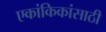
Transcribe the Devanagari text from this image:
एकांकिकांसाठी